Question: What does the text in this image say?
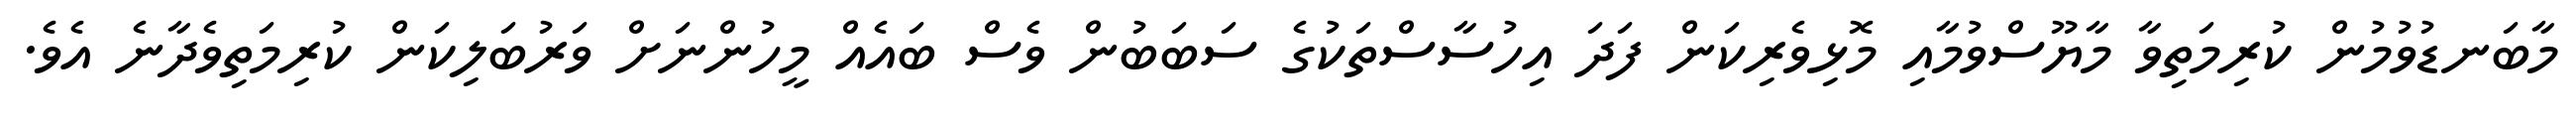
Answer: މާބަނޑުވުމުން ކުރިމަތިވާ މާޔޫސްވުމާއި މޮޅިވެރިކަން ފަދަ އިހުސާސްތަކުގެ ސަބަބުން ވެސް ބައެއް މީހުންނަށް ވަރުބަލިކަން ކުރިމަތިވެދާނެ އެވެ.